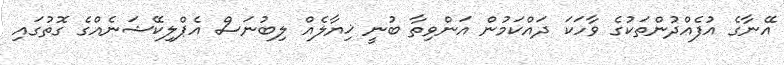
އޭނާގެ އުފެއްދުންތަކުގެ ވާހަކަ ދައްކަމުން އަންވިތާ ބުނީ ޚިޔާލެއް ލިބުނަސް އެޕްލިކޭޝަނެއްގެ ގޮތުގައި